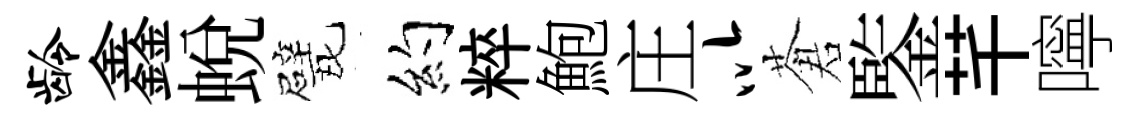
龄鑫蜕戏约粹鮑庄以蒼鍳芊嚀